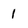
Character: 1